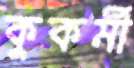
কুকর্মী